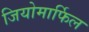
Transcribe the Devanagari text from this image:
जियोमार्फिल